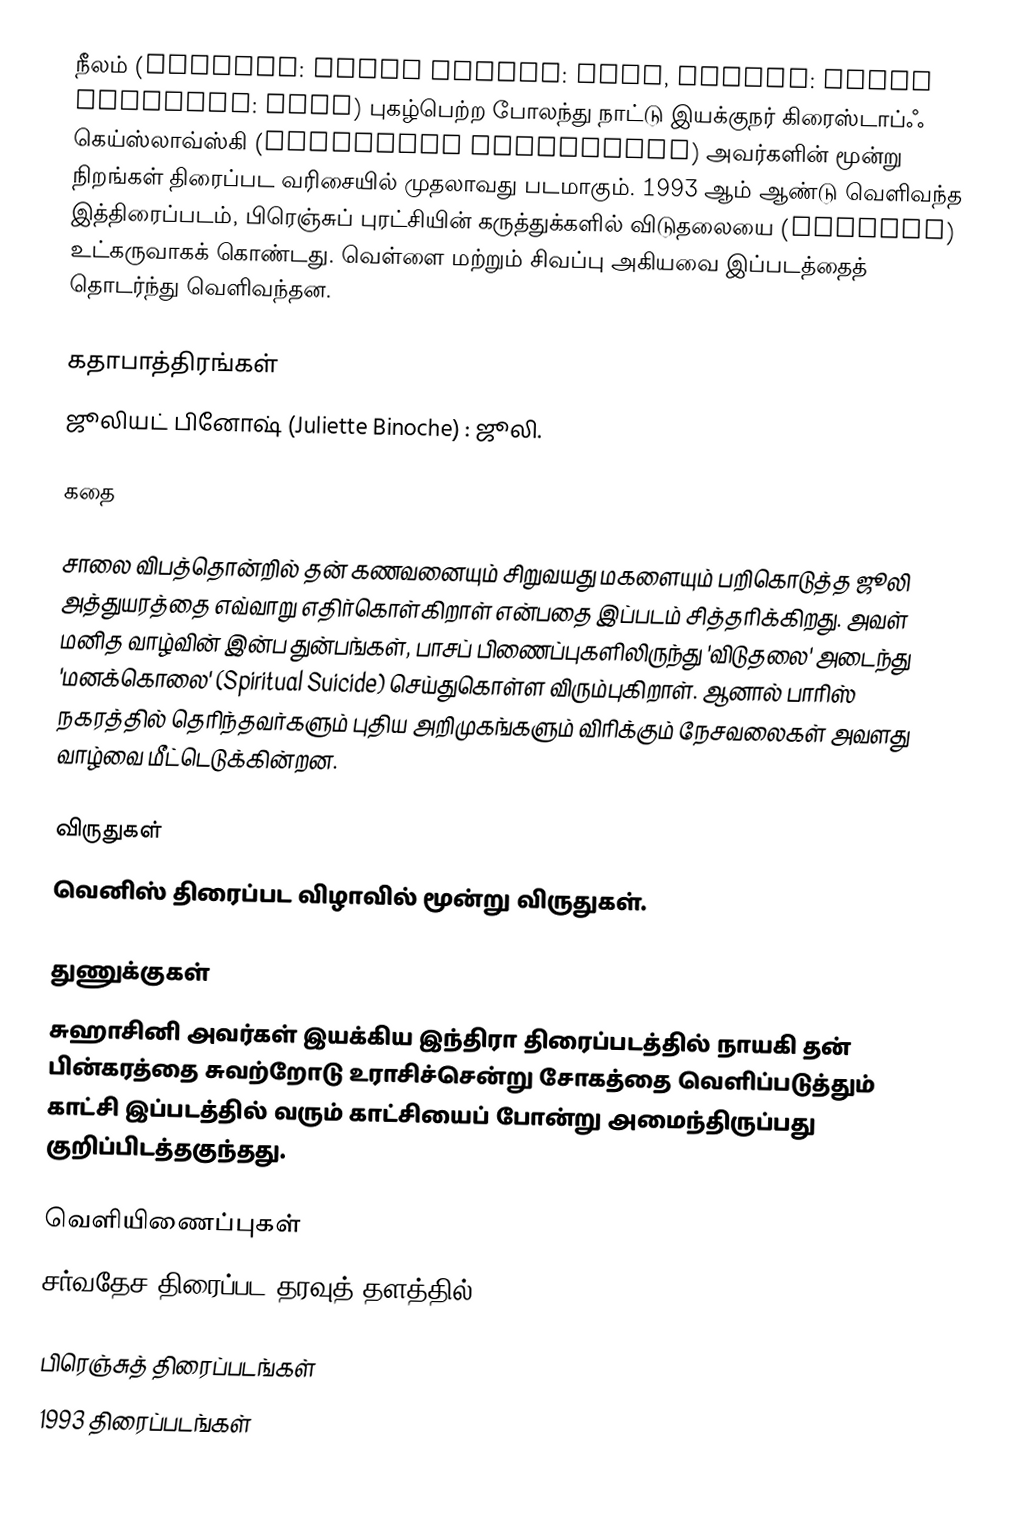
நீலம் (English: Three Colors: Blue, French: Trois couleurs: Bleu) புகழ்பெற்ற போலந்து நாட்டு இயக்குநர் கிரைஸ்டாப்ஃ கெய்ஸ்லாவ்ஸ்கி (Krzysztof Kieślowski) அவர்களின் மூன்று நிறங்கள் திரைப்பட வரிசையில் முதலாவது படமாகும். 1993 ஆம் ஆண்டு வெளிவந்த இத்திரைப்படம், பிரெஞ்சுப் புரட்சியின் கருத்துக்களில் விடுதலையை (Liberty) உட்கருவாகக் கொண்டது. வெள்ளை மற்றும் சிவப்பு அகியவை இப்படத்தைத் தொடர்ந்து வெளிவந்தன.

கதாபாத்திரங்கள்
ஜூலியட் பினோஷ் (Juliette Binoche) : ஜூலி.

கதை

சாலை விபத்தொன்றில் தன் கணவனையும் சிறுவயது மகளையும் பறிகொடுத்த ஜூலி அத்துயரத்தை எவ்வாறு எதிர்கொள்கிறாள் என்பதை இப்படம் சித்தரிக்கிறது. அவள் மனித வாழ்வின் இன்ப துன்பங்கள், பாசப் பிணைப்புகளிலிருந்து 'விடுதலை' அடைந்து 'மனக்கொலை' (Spiritual Suicide) செய்துகொள்ள விரும்புகிறாள். ஆனால் பாரிஸ் நகரத்தில் தெரிந்தவர்களும் புதிய அறிமுகங்களும் விரிக்கும் நேசவலைகள் அவளது வாழ்வை மீட்டெடுக்கின்றன.

விருதுகள்
வெனிஸ் திரைப்பட விழாவில் மூன்று விருதுகள்.

துணுக்குகள்
சுஹாசினி அவர்கள் இயக்கிய இந்திரா திரைப்படத்தில் நாயகி தன் பின்கரத்தை சுவற்றோடு உராசிச்சென்று சோகத்தை வெளிப்படுத்தும் காட்சி இப்படத்தில் வரும் காட்சியைப் போன்று அமைந்திருப்பது குறிப்பிடத்தகுந்தது.

வெளியிணைப்புகள்
 சர்வதேச திரைப்பட தரவுத் தளத்தில்

பிரெஞ்சுத் திரைப்படங்கள்
1993 திரைப்படங்கள்